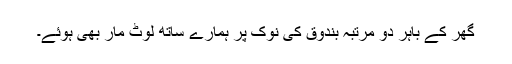
گھر کے باہر دو مرتبہ بندوق کی نوک پر ہمارے ساتھ لوٹ مار بھی ہوئے۔